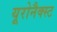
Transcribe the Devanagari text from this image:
यूरोनैक्स्ट